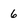
Character: 6